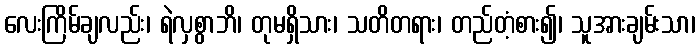
လေးကြိမ်ချလည်း၊ ရဲလှစွာဘိ၊ တုမရှိသား၊ သတိတရား၊ တည်တံ့စား၍၊ သူအားချမ်းသာ၊